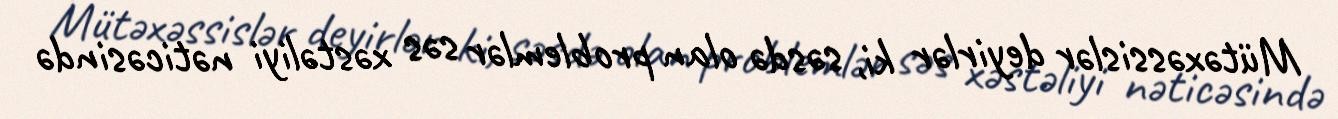
Mütəxəssislər deyirlər ki, səsdə olan problemlər səs xəstəliyi nəticəsində